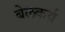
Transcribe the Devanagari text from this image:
बेलकर्व